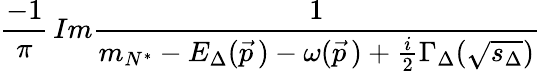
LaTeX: \frac{-1}{\pi}\, Im\frac{1}{m_{N^{*}}-E_{\Delta}(\vec{p}\, )-\omega(\vec{p}\, )+\frac{i}{2}\Gamma_{\Delta}(\sqrt{s_{\Delta}})}